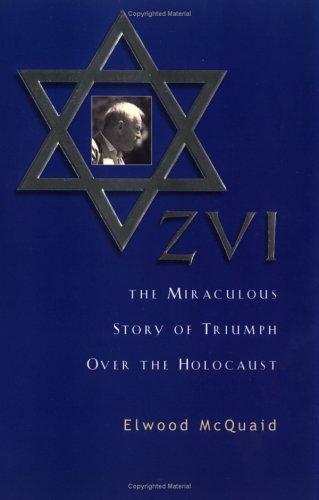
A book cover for ZVI : The Miraculous Story of Triumph Over the Holocaust; Elwood McQuaid; Religion & Spirituality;